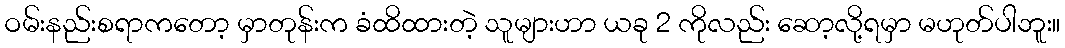
ဝမ်းနည်းစရာကတော့ မှာတုန်းက ခံထိထားတဲ့ သူများဟာ ယခု 2 ကိုလည်း ဆော့လို့ရမှာ မဟုတ်ပါဘူး။